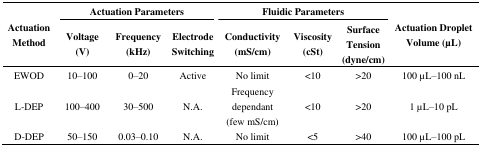
<table><thead><tr><td rowspan="3"><b>Actuation Method</b></td><td colspan="3"><b>Actuation Parameters</b></td><td colspan="3"><b>Fluidic Parameters</b></td><td rowspan="3"><b>Actuation Droplet Volume (μL)</b></td></tr><tr><td><b>Voltage (V)</b></td><td><b>Frequency (kHz)</b></td><td><b>Electrode Switching</b></td><td><b>Conductivity (mS/cm)</b></td><td><b>Viscosity (cSt)</b></td><td><b>Surface Tension (dyne/cm)</b></td></tr></thead><tbody><tr><td>EWOD</td><td>10–100</td><td>0–20</td><td>Active</td><td>No limit</td><td>&lt;10</td><td>&gt;20</td><td>100 μL–100 nL</td></tr><tr><td>L-DEP</td><td>100–400</td><td>30–500</td><td>N.A.</td><td>Frequency dependant (few mS/cm)</td><td>&lt;10</td><td>&gt;20</td><td>1 μL–10 pL</td></tr><tr><td>D-DEP</td><td>50–150</td><td>0.03–0.10</td><td>N.A.</td><td>No limit</td><td>&lt;5</td><td>&gt;40</td><td>100 μL–100 pL</td></tr></tbody></table>